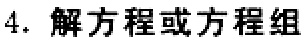
4. 解方程或方程组